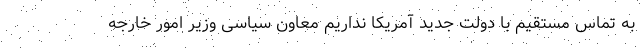
به تماس مستقیم با دولت جدید آمریکا نداریم معاون سیاسی وزیر امور خارجه